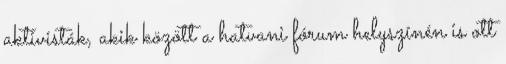
aktivisták, akik között a hatvani fórum helyszínén is ott